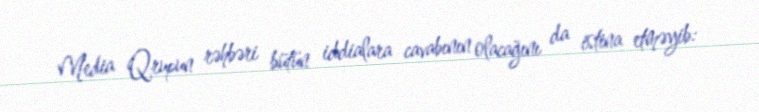
Media Qrupun rəhbəri bütün iddialara cavabının olacağını da istina etməyib: